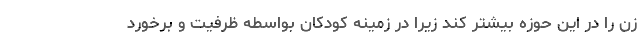
زن را در این حوزه بیشتر کند زیرا در زمینه کودکان بواسطه ظرفیت و برخورد